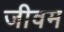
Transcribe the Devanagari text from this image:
जीवम